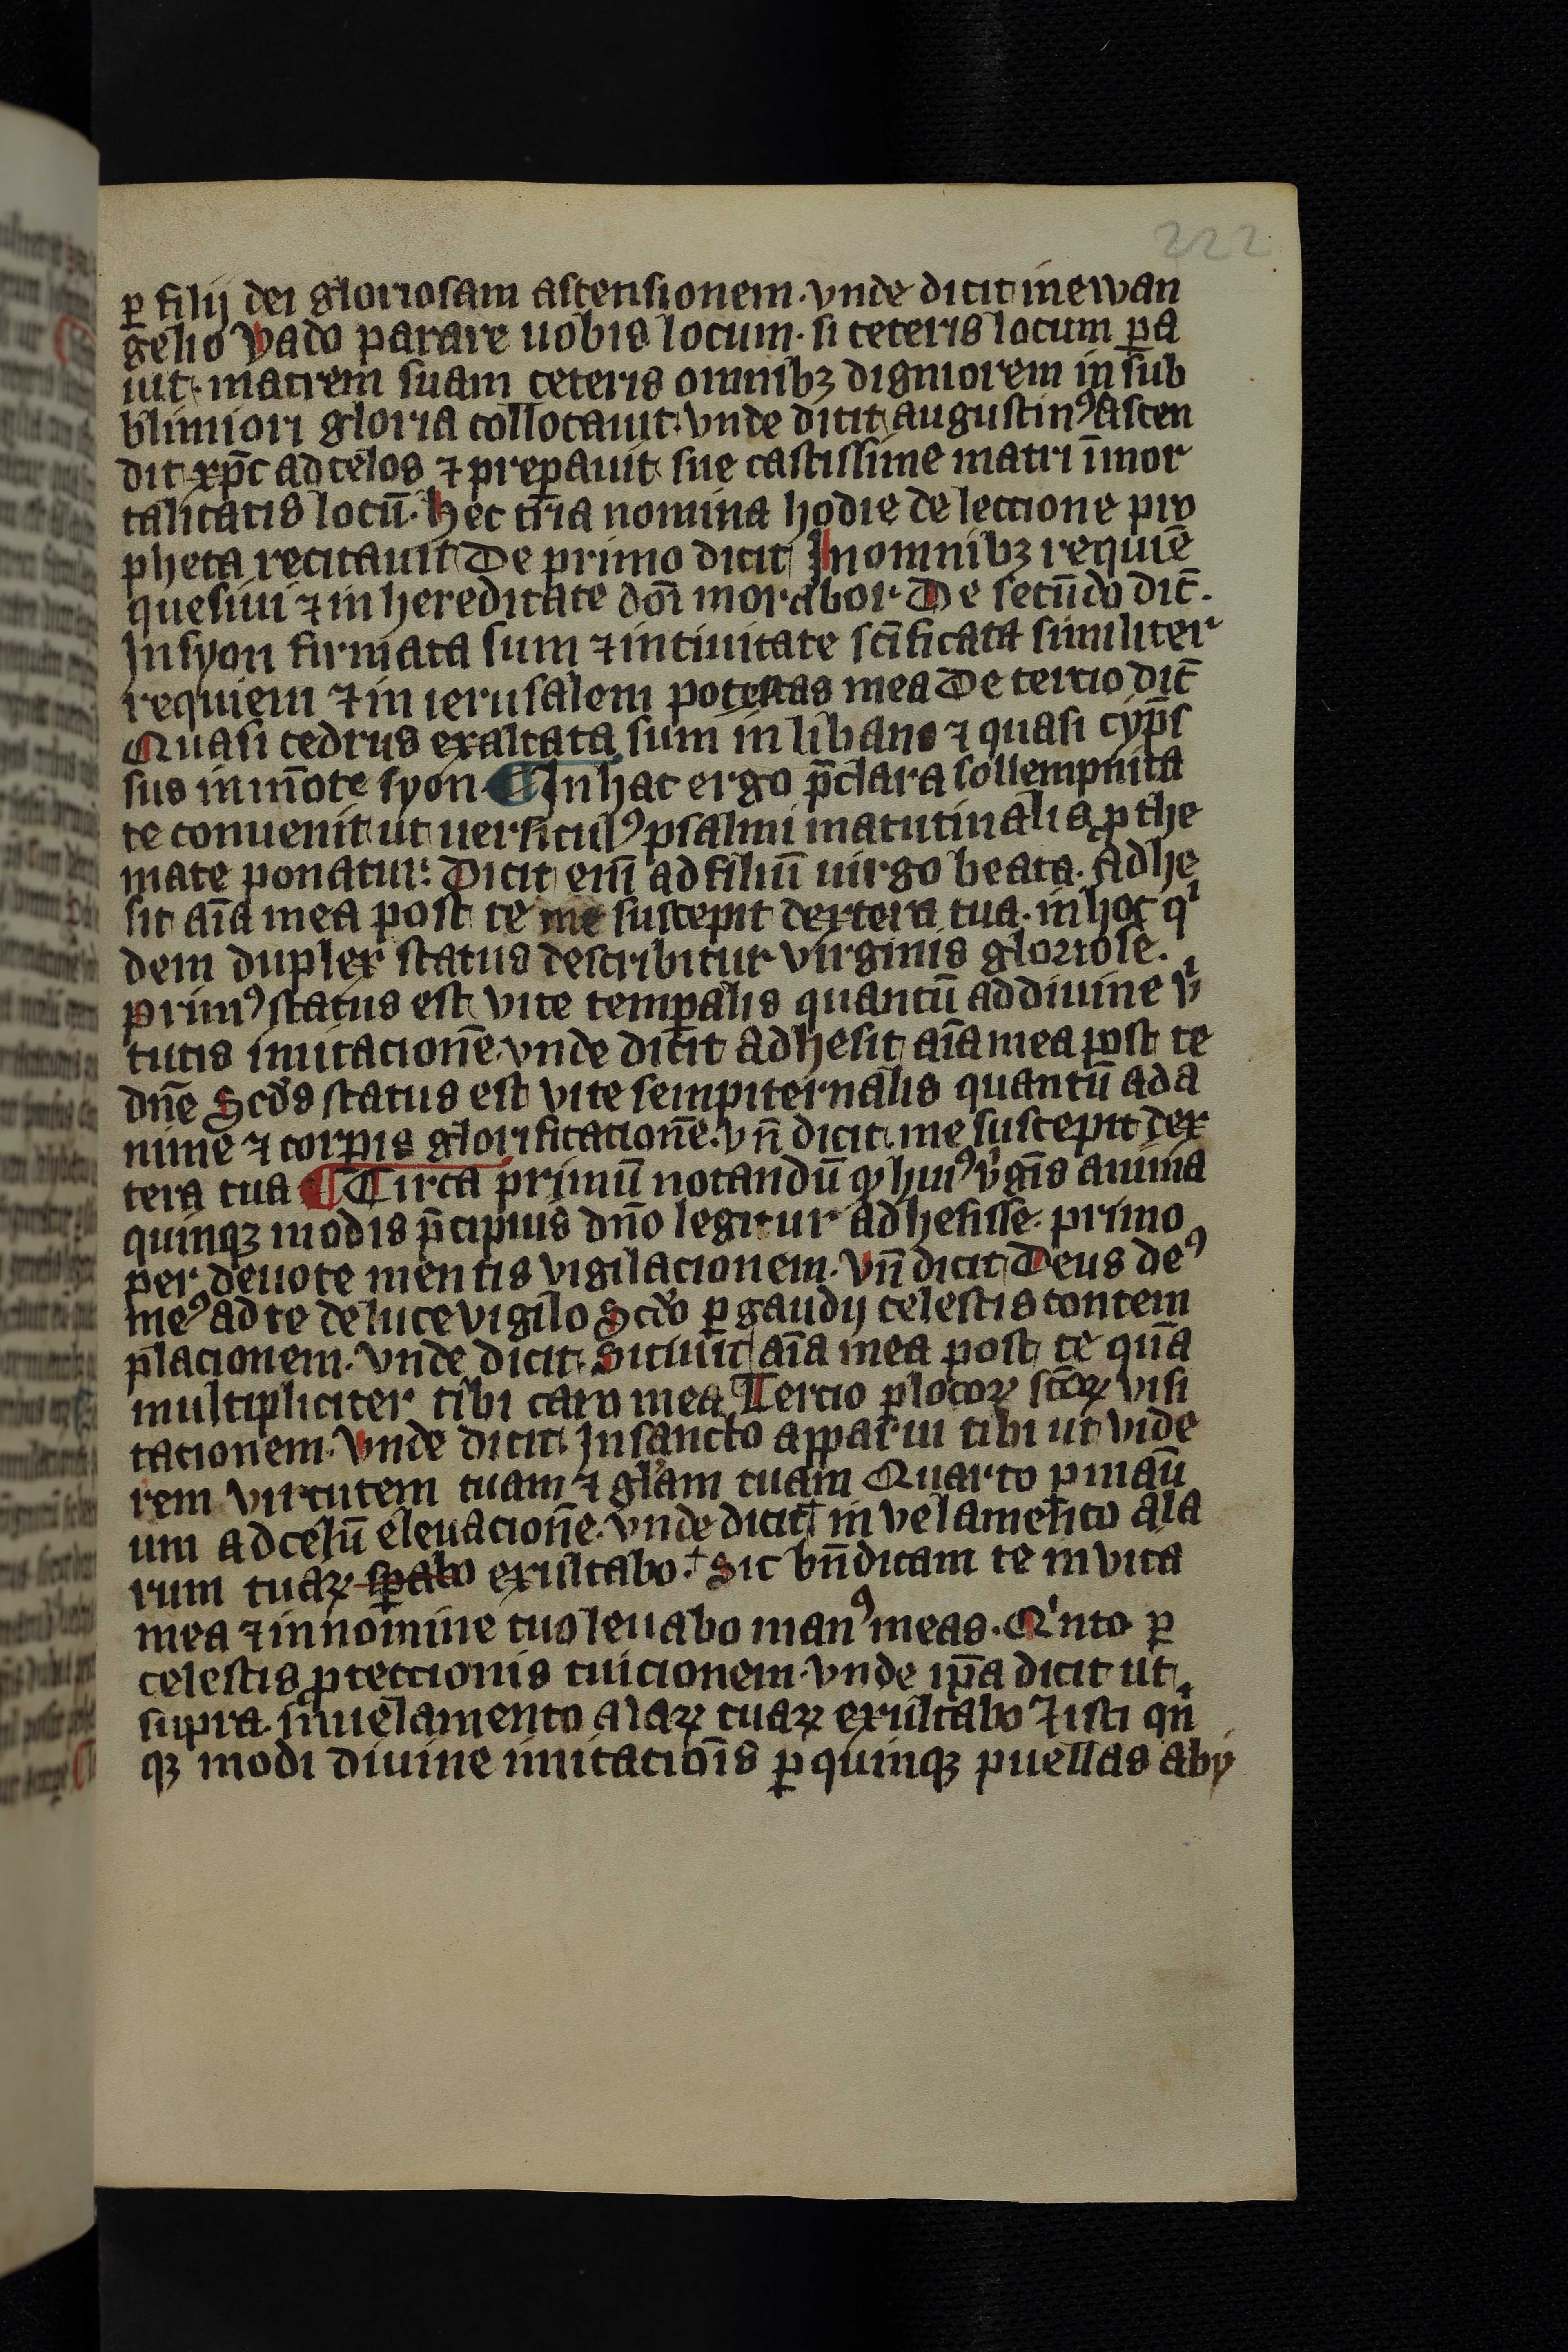
Shelfmark: Leipzig, Universitäts Bibliothek Leipzig, Ms 758
Century: 14